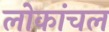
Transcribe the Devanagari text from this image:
लोकांचल